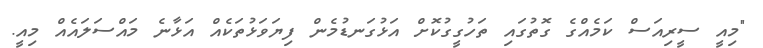
"މިއީ ސީރިއަސް ކަމެއްގެ ގޮތުގައި ތަހުގީގުކޮށް އަޅުގަނޑުމެން ފިޔަވަޅުތަކެއް އަޅާނެ މައްސަލައެއް މިއީ.